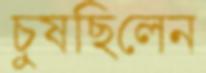
চুষছিলেন